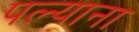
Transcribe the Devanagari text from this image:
पल्याना